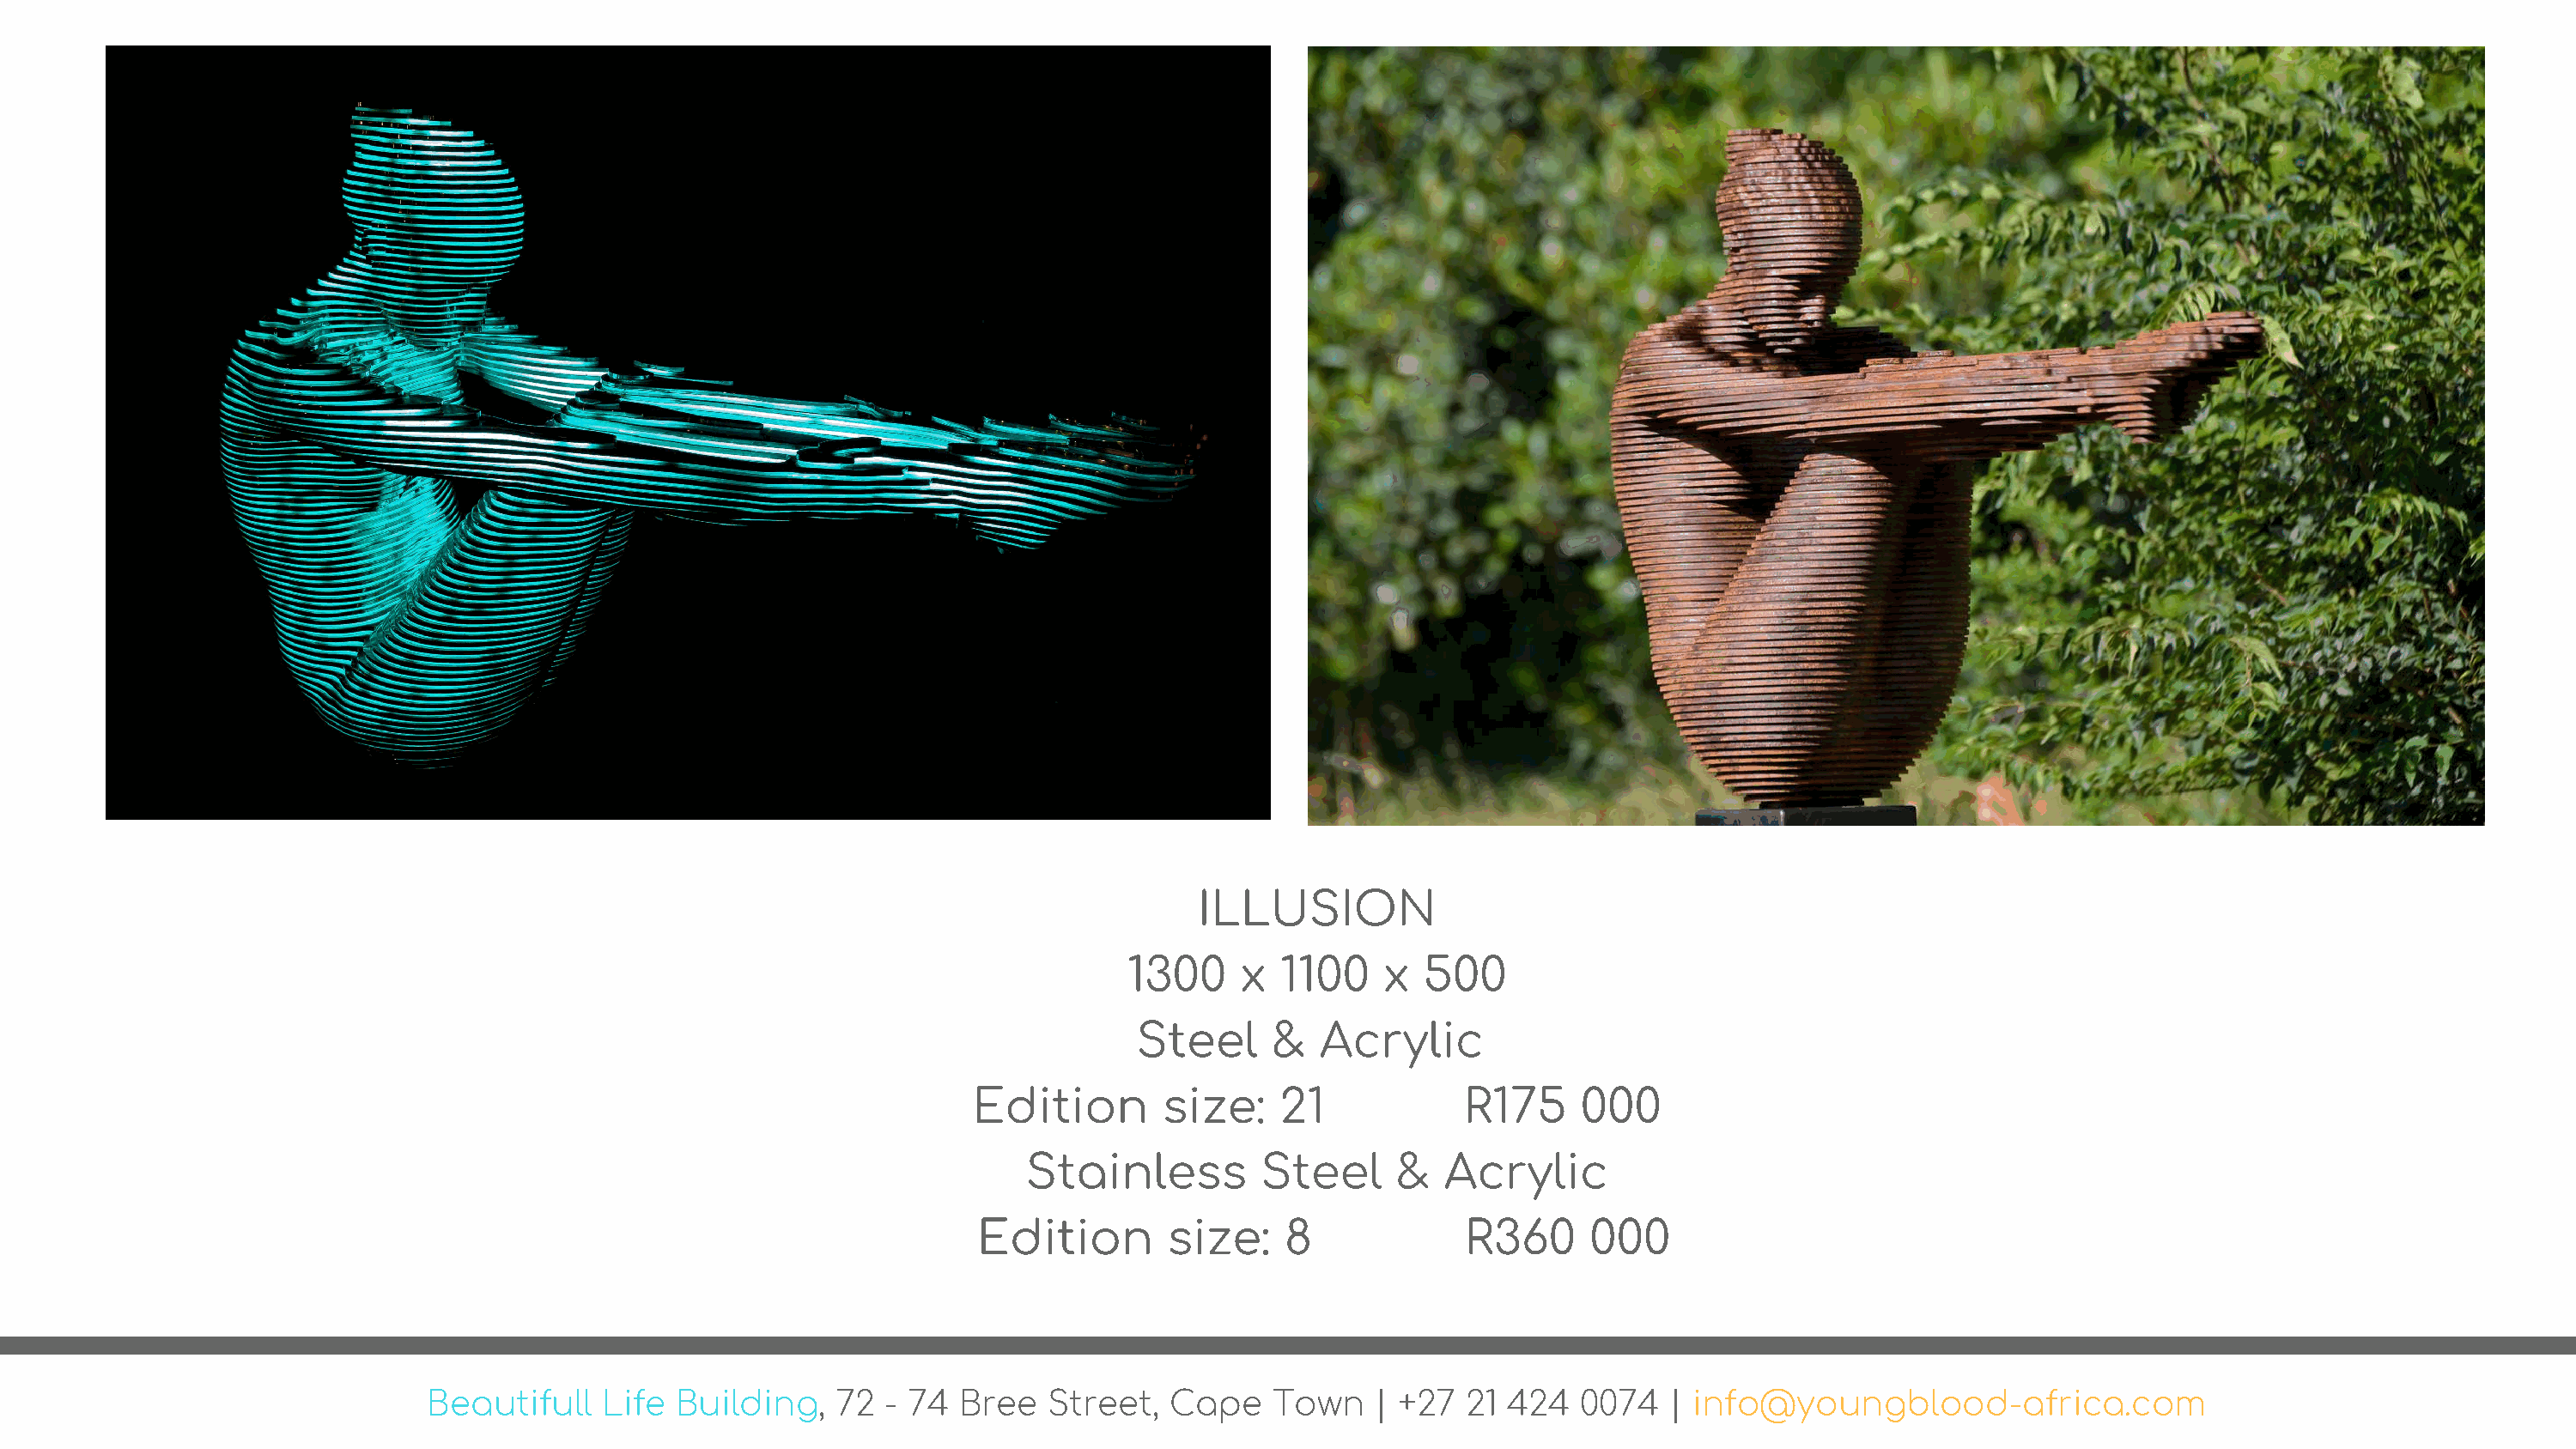
ILLUSION
 1300     x  1100    x  500
 Steel     &   Acrylic
 Edition        size:    21            R175     000
 Stainless         Steel      &  Acrylic
 Edition        size:    8             R360      000
 Beautifull   Life  Building,   72  - 74  Bree   Street,  Cape    Town    | +27  21 424   0074   | info@youngblood-africa.com